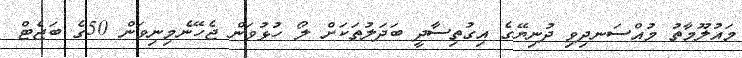
މައުލޫމާތު މުއްސަނދިވި ދުނިޔޭގެ އިގުތިސާދީ ބަދަލުތަކަށް ލޯ ހުޅުވަން ޖެހޭނެމިނިވަން 50ގެ ބަޖެޓް